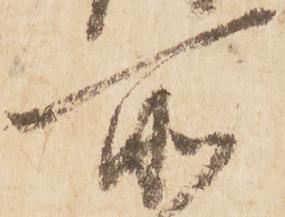
所